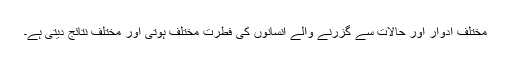
مختلف ادوار اور حالات سے گزرنے والے انسانوں کی فطرت مختلف ہوتی اور مختلف نتائج دیتی ہے۔